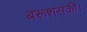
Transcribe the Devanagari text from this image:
बरूशसकी।